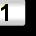
Digit: 1